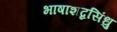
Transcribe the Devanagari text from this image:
भाषाशब्दसिंधु